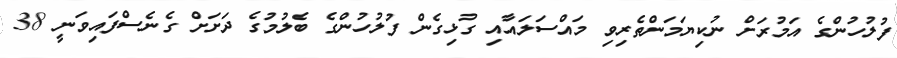
ފުލުހުންގެ އަމުރަށް ނުކިޔަމަންތެރިވި މައްސަލައާއި ގުޅިގެން ފުލުހުންގެ ބެލުމުގެ ދަށަށް ގެނެސްފައިވަނީ 38